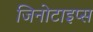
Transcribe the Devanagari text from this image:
जिनोटाइप्स